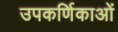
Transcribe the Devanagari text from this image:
उपकर्णिकाओं